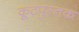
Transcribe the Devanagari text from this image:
कूटपुस्तक